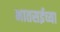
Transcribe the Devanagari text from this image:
भातसईच्या